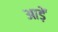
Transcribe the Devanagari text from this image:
आड़ें